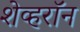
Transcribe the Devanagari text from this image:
शेव्हरॉन